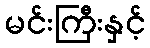
မင်းကြီးနှင့်